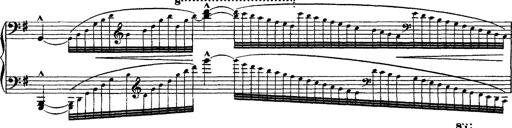
Title: Grandes Ã©tudes de Paganini
Composer: Franz Liszt